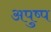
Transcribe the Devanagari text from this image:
अपुष्प